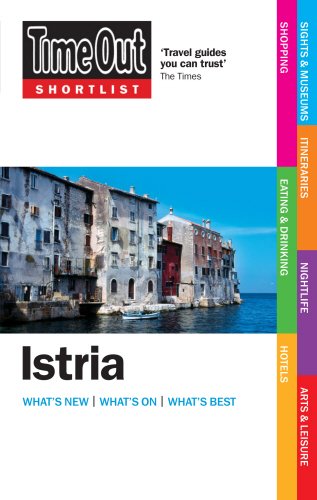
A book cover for Time Out Shortlist Istria; Travel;